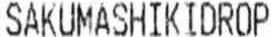
SAKUMASHIKIDROP